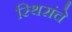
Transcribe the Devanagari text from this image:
स्थिरांचे